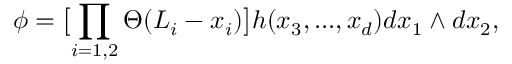
\phi = \bigl [ \prod _ { i = 1 , 2 } \Theta ( L _ { i } - x _ { i } ) \bigr ] h ( x _ { 3 } , . . . , x _ { d } ) d x _ { 1 } \wedge d x _ { 2 } ,